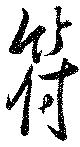
符